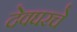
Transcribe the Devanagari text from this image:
देवघरचे